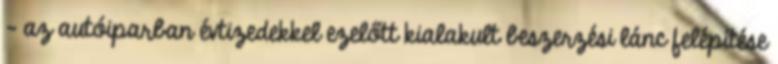
– az autóiparban évtizedekkel ezelőtt kialakult beszerzési lánc felépítése